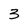
Character: 3